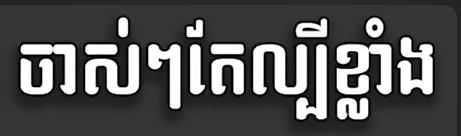
ចាស់ៗតែល្បីខ្លាំង